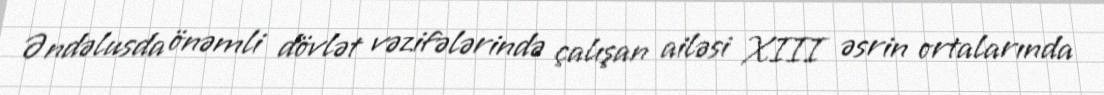
Əndəlusda önəmli dövlət vəzifələrində çalışan ailəsi XIII əsrin ortalarında